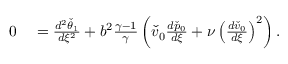
\begin{array} { r l } { 0 } & { { } = \frac { d ^ { 2 } \check { \theta } _ { 1 } } { d \xi ^ { 2 } } + b ^ { 2 } \frac { \gamma - 1 } { \gamma } \left( \check { v } _ { 0 } \frac { d \check { p } _ { 0 } } { d \xi } + \nu \left( \frac { d \check { v } _ { 0 } } { d \xi } \right) ^ { 2 } \right) . } \end{array}